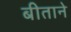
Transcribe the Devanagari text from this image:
बीताने